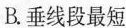
B.垂线段最短